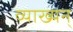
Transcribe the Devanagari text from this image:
व्याख्यन्